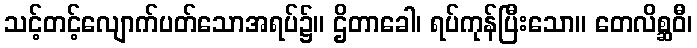
သင့်တင့်လျောက်ပတ်သောအရပ်၌။ ဌိတာခေါ၊ ရပ်ကုန်ပြီးသော။ တေလိစ္ဆဝီ၊